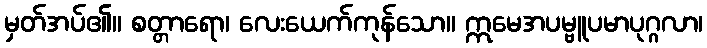
မှတ်အပ်၏။ စတ္တာရော၊ လေးယေက်ကုန်သော။ ဣမေအပမ္ဗူပမာပုဂ္ဂလာ၊